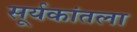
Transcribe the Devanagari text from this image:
सूर्यकांतला